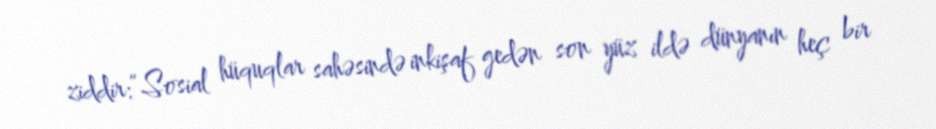
ziddir:“Sosial hüquqlar sahəsində inkişaf gedən son yüz ildə dünyanın heç bir